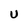
Character: U